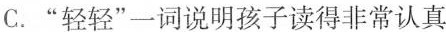
C.”轻轻”一词说明孩子读得非常认真